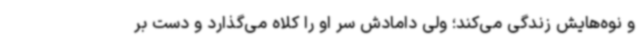
و نوه‌هایش زندگی می‌کند؛ ولی دامادش سر او را کلاه می‌گذارد و دست بر